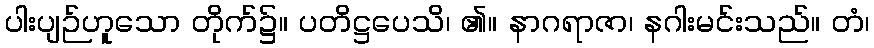
ပါးပျဉ်ဟူသော တိုက်၌။ ပတိဋ္ဌပေသိ၊ ၏။ နာဂရာဇာ၊ နဂါးမင်းသည်။ တံ၊